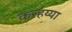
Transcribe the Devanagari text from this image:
कन्हय्या